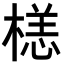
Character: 𣗹